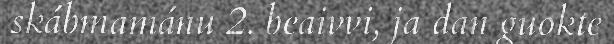
skábmamánu 2. beaivvi, ja dan guokte